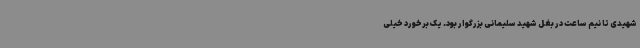
شهیدی تا نیم ساعت در بغل شهید سلیمانی بزرگوار بود. یک برخورد خیلی